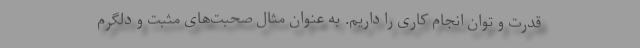
قدرت و توان انجام کاری را داریم. به عنوان مثال صحبت‌های مثبت و دلگرم